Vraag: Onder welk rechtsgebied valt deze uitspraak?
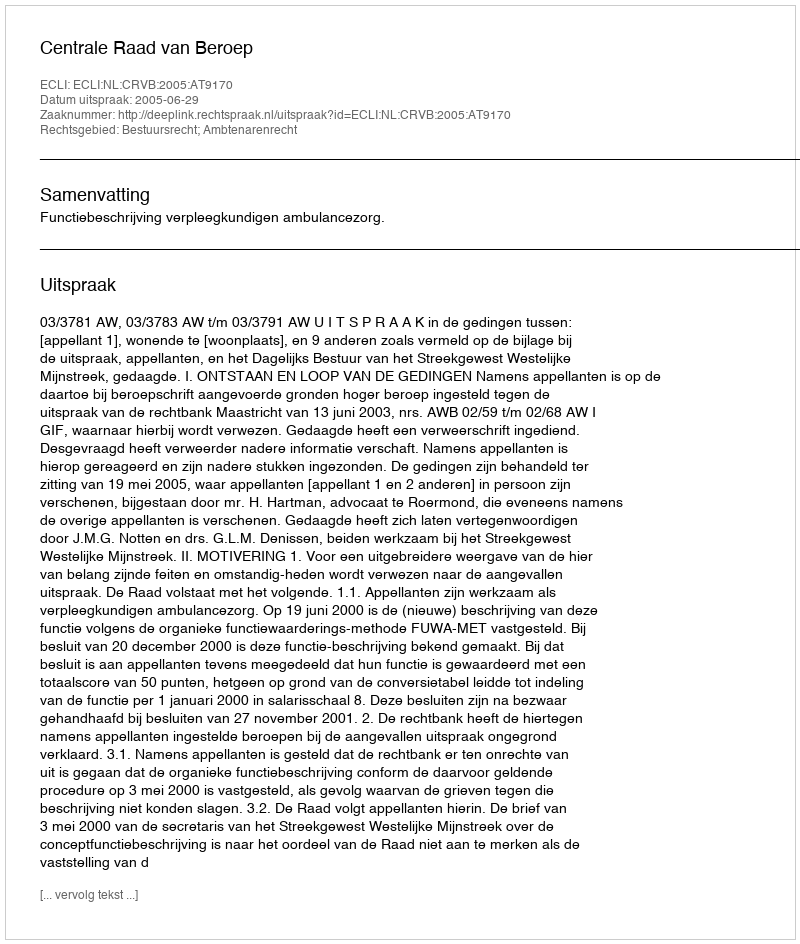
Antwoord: Bestuursrecht; Ambtenarenrecht